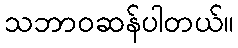
သဘာဝဆန်ပါတယ်။